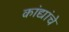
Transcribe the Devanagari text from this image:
कांद्यांचे